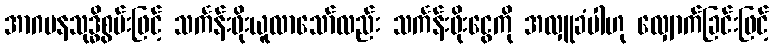
အာဂမနသုဒ္ဓိစွမ်းဖြင့် သင်္ကန်းဖိုးယူလာသော်လည်း သင်္ကန်းဖိုးငွေကို အလှူခံပါဟု လျှောက်ခြင်းဖြင့်